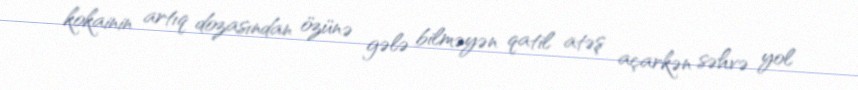
kokainin artıq dozasından özünə gələ bilməyən qatil atəş açarkən səhvə yol